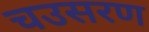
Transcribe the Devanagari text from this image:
चउसरण